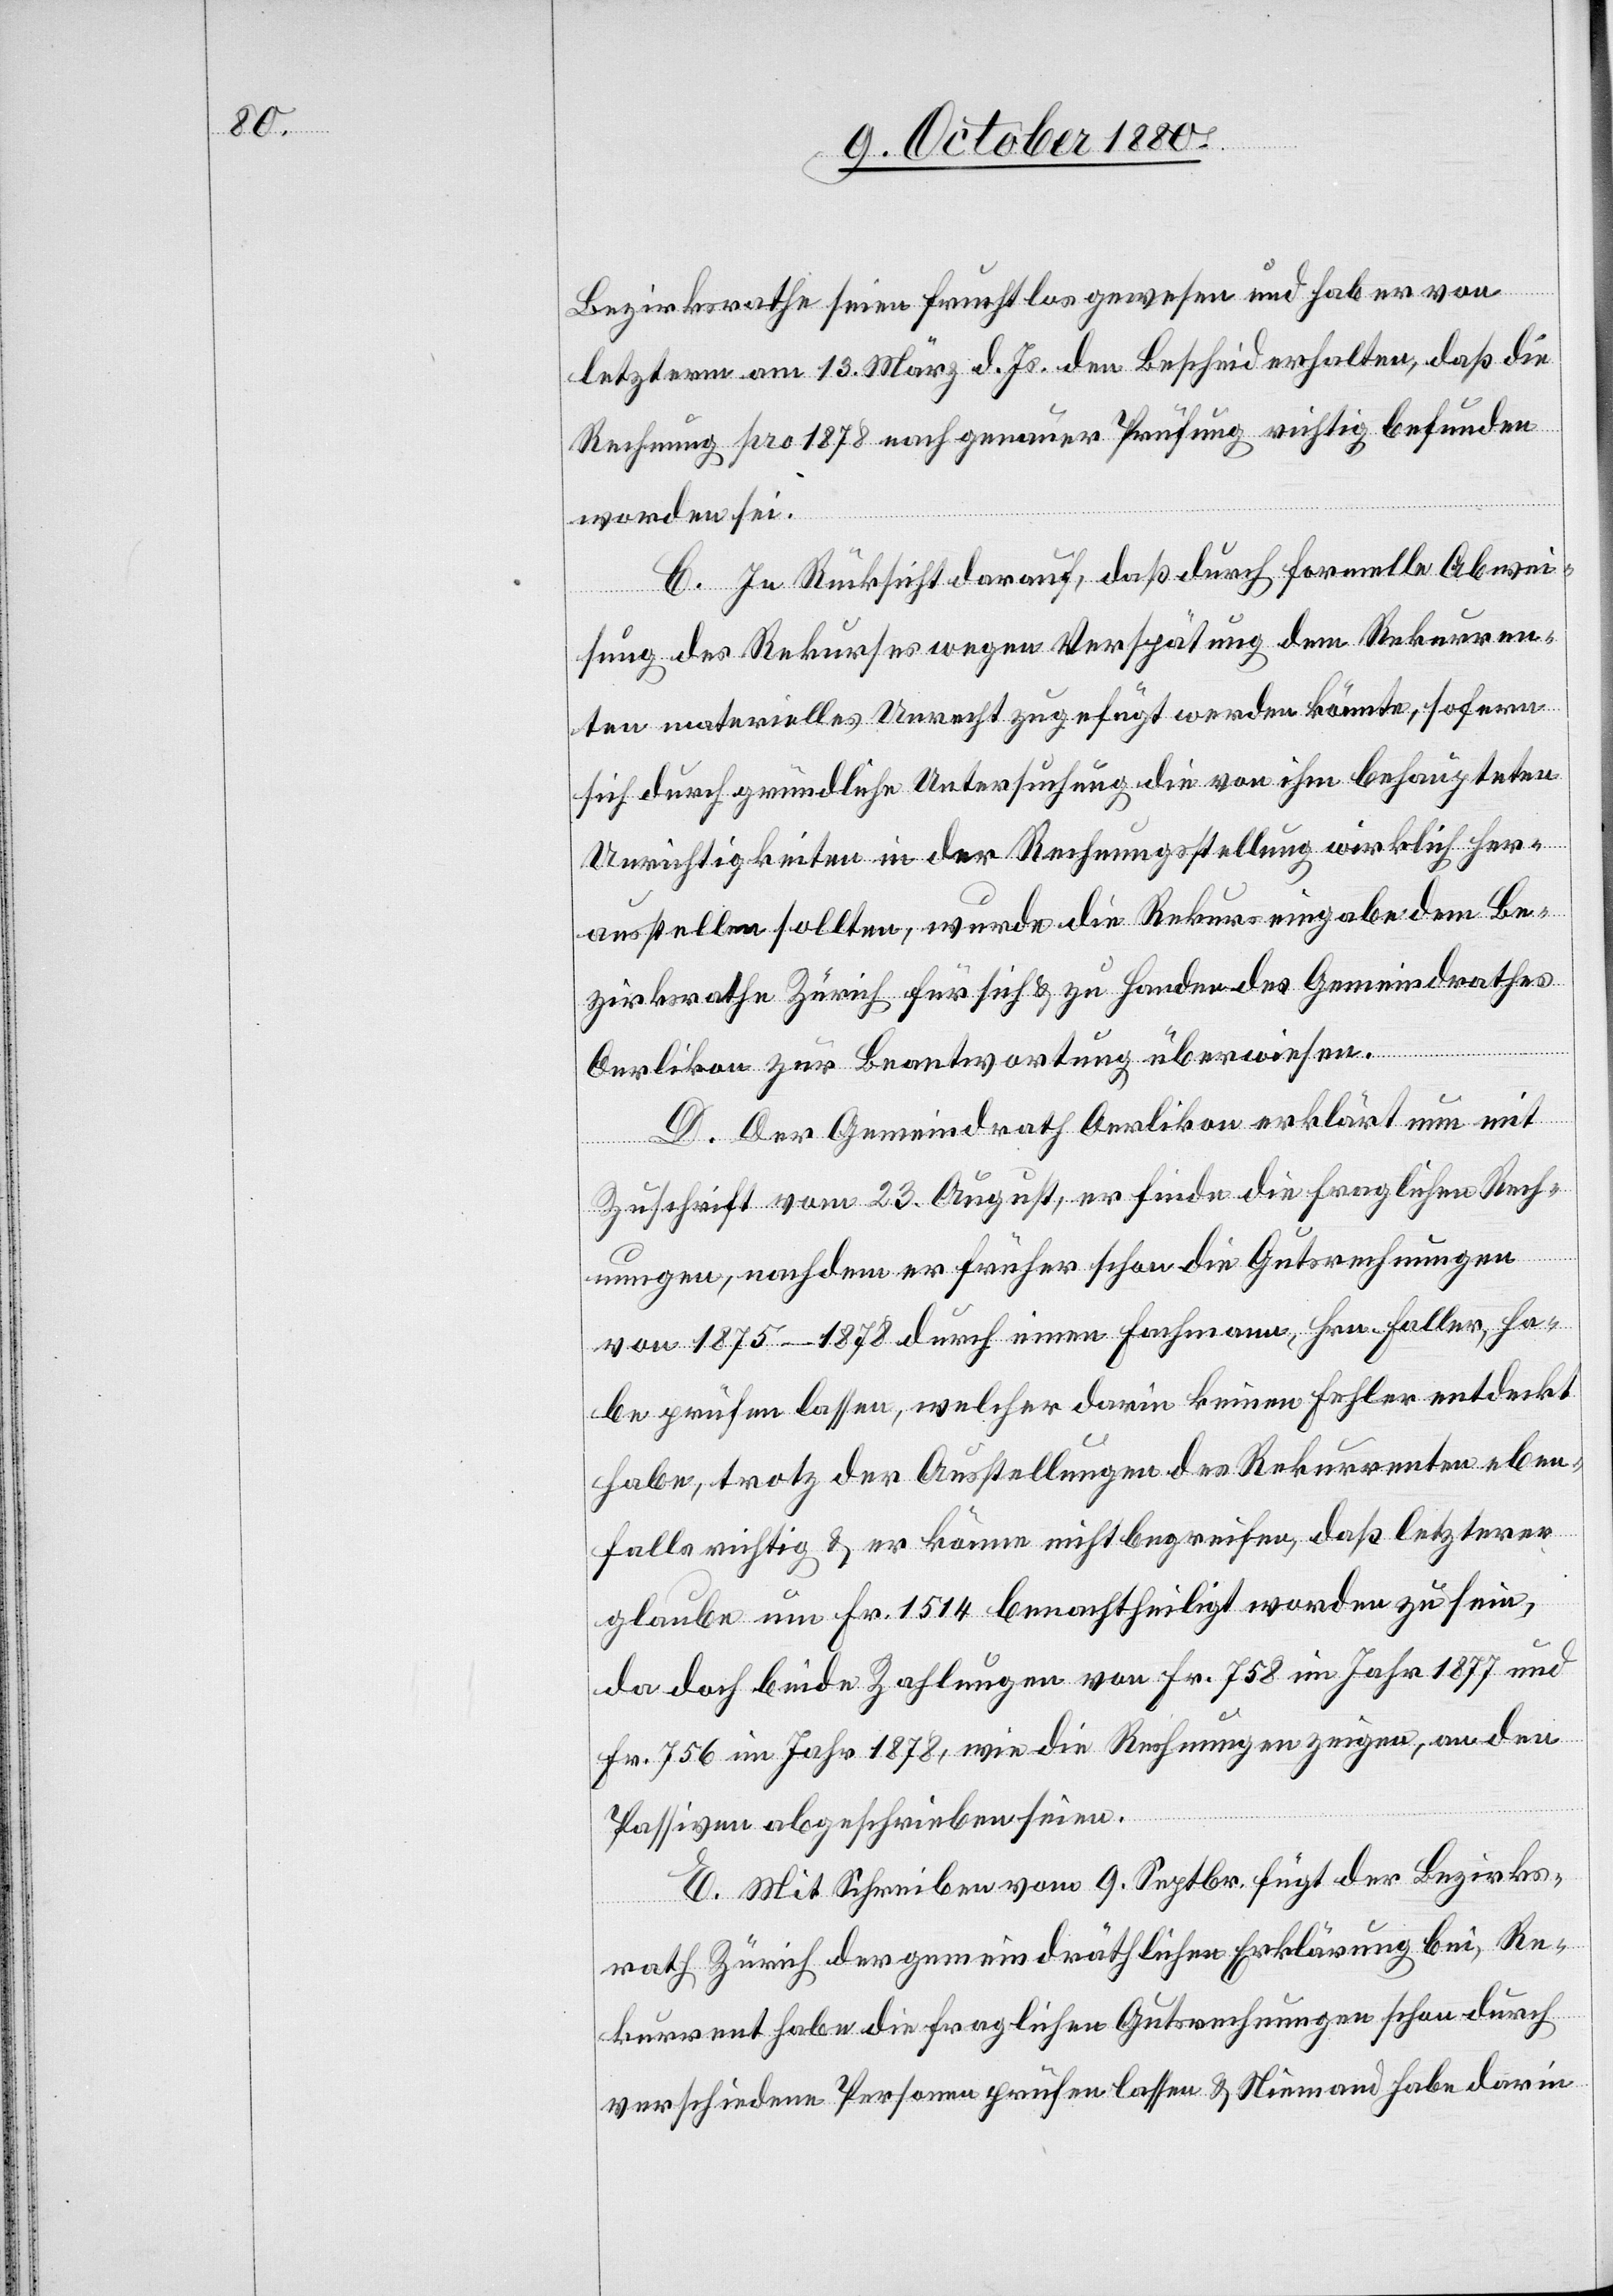
Bezirksrathe seien fruchtlos gewesen und hab[e] er von
letzterm am 13. März d. Js. den Bescheid erhalten, daß die
Rechnung pro 1878 nach genauer Prüfung richtig befunden
worden sei.
C. In Rücksicht darauf, daß durch formelle Abwei¬
sung des Rekurses wegen Verspätung dem Rekurren¬
ten materielles Unrecht zugefügt werden könnte, sofern
sich durch gründliche Untersuchung die von ihm behaupteten
Unrichtigkeiten in der Rechnungsstellung wirklich her¬
ausstellen sollten, wurde die Rekurseingabe dem Be¬
zirksrathe Zürich für sich & zu Handen des Gemeindrathes
Oerlikon zur Beantwortung überwiesen.
D. Der Gemeindrath Oerlikon erklärt nun mit
Zuschrift vom 23. August, er finde die fraglichen Rech¬
nungen, nachdem er früher schon die Gutsrechnungen
von 1875–1878 durch einen Fachmann, Hrn. Haller, ha¬
be prüfen lassen, welcher darin keinen Fehler entdeckt
habe, trotz der Ausstellungen des Rekurrenten eben¬
falls richtig & er könne nicht begreifen, daß letzterer
glaube um Fr. 1514 benachtheiligt worden zu sein,
da doch beide Zahlungen von Fr. 758 im Jahr 1877 und
Fr. 756 im Jahre 1878, wie die Rechnungen zeigen, an den
Passiven abgeschrieben seien.
E. Mit Schreiben vom 9. Septbr. fügt der Bezirks¬
rath Zürich der gemeindräthlichen Erklärung bei, Re¬
kurrent habe die fraglichen Gutsrechnungen schon durch
verschiedene Personen prüfen lassen & Niemand habe darin